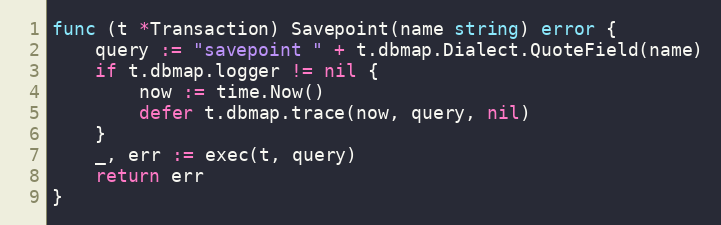
Language: Go
func (t *Transaction) Savepoint(name string) error {
	query := "savepoint " + t.dbmap.Dialect.QuoteField(name)
	if t.dbmap.logger != nil {
		now := time.Now()
		defer t.dbmap.trace(now, query, nil)
	}
	_, err := exec(t, query)
	return err
}